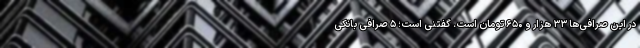
در این صرافی‌ها ۳۳ هزار و ۶۵۰ تومان است. گفتنی است؛ ۵ صرافی بانکی